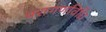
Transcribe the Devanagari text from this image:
परागणविधि